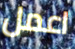
اعمل